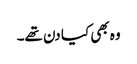
وہ بھی کیا دن تھے۔